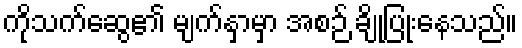
ကိုသက်ဆွေ၏ မျက်နှာမှာ အစဉ် ချိုပြုံးနေသည်။